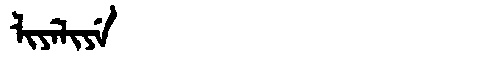
Manchu: ᠯᡳᠶᡝᠯᡳᠶᡝ
Romanization: LIYELIYE